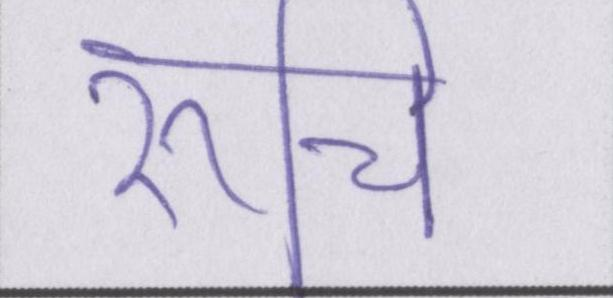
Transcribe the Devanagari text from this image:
रूचि